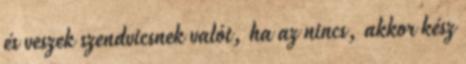
és veszek szendvicsnek valót, ha az nincs, akkor kész